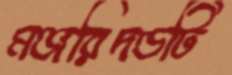
মঞ্জরিদণ্ডটি